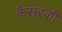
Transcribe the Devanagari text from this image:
कैंसरकी